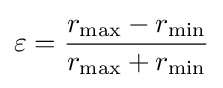
\varepsilon ={\frac {r_{\max }-r_{\min }}{r_{\max }+r_{\min }}}